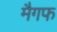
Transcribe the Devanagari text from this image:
मैगफ